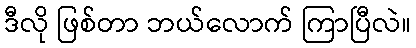
ဒီလို ဖြစ်တာ ဘယ်လောက် ကြာပြီလဲ။